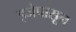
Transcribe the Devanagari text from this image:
इजेपासून